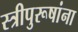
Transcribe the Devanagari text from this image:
स्त्रीपुरूषांना